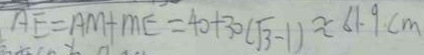
A E = A M + M E = 4 0 + 3 0 ( \sqrt { 3 } - 1 ) \approx 6 1 . 9 c m